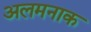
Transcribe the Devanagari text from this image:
अलमनाक